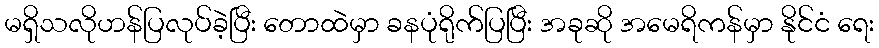
မရှိသလိုဟန်ပြလုပ်ခဲ့ပြီး တောထဲမှာ ခနပုံရိုက်ပြပြီး အခုဆို အမေရိကန်မှာ နိုင်ငံ ရေး